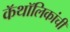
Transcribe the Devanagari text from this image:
कॅथॉलिकांची